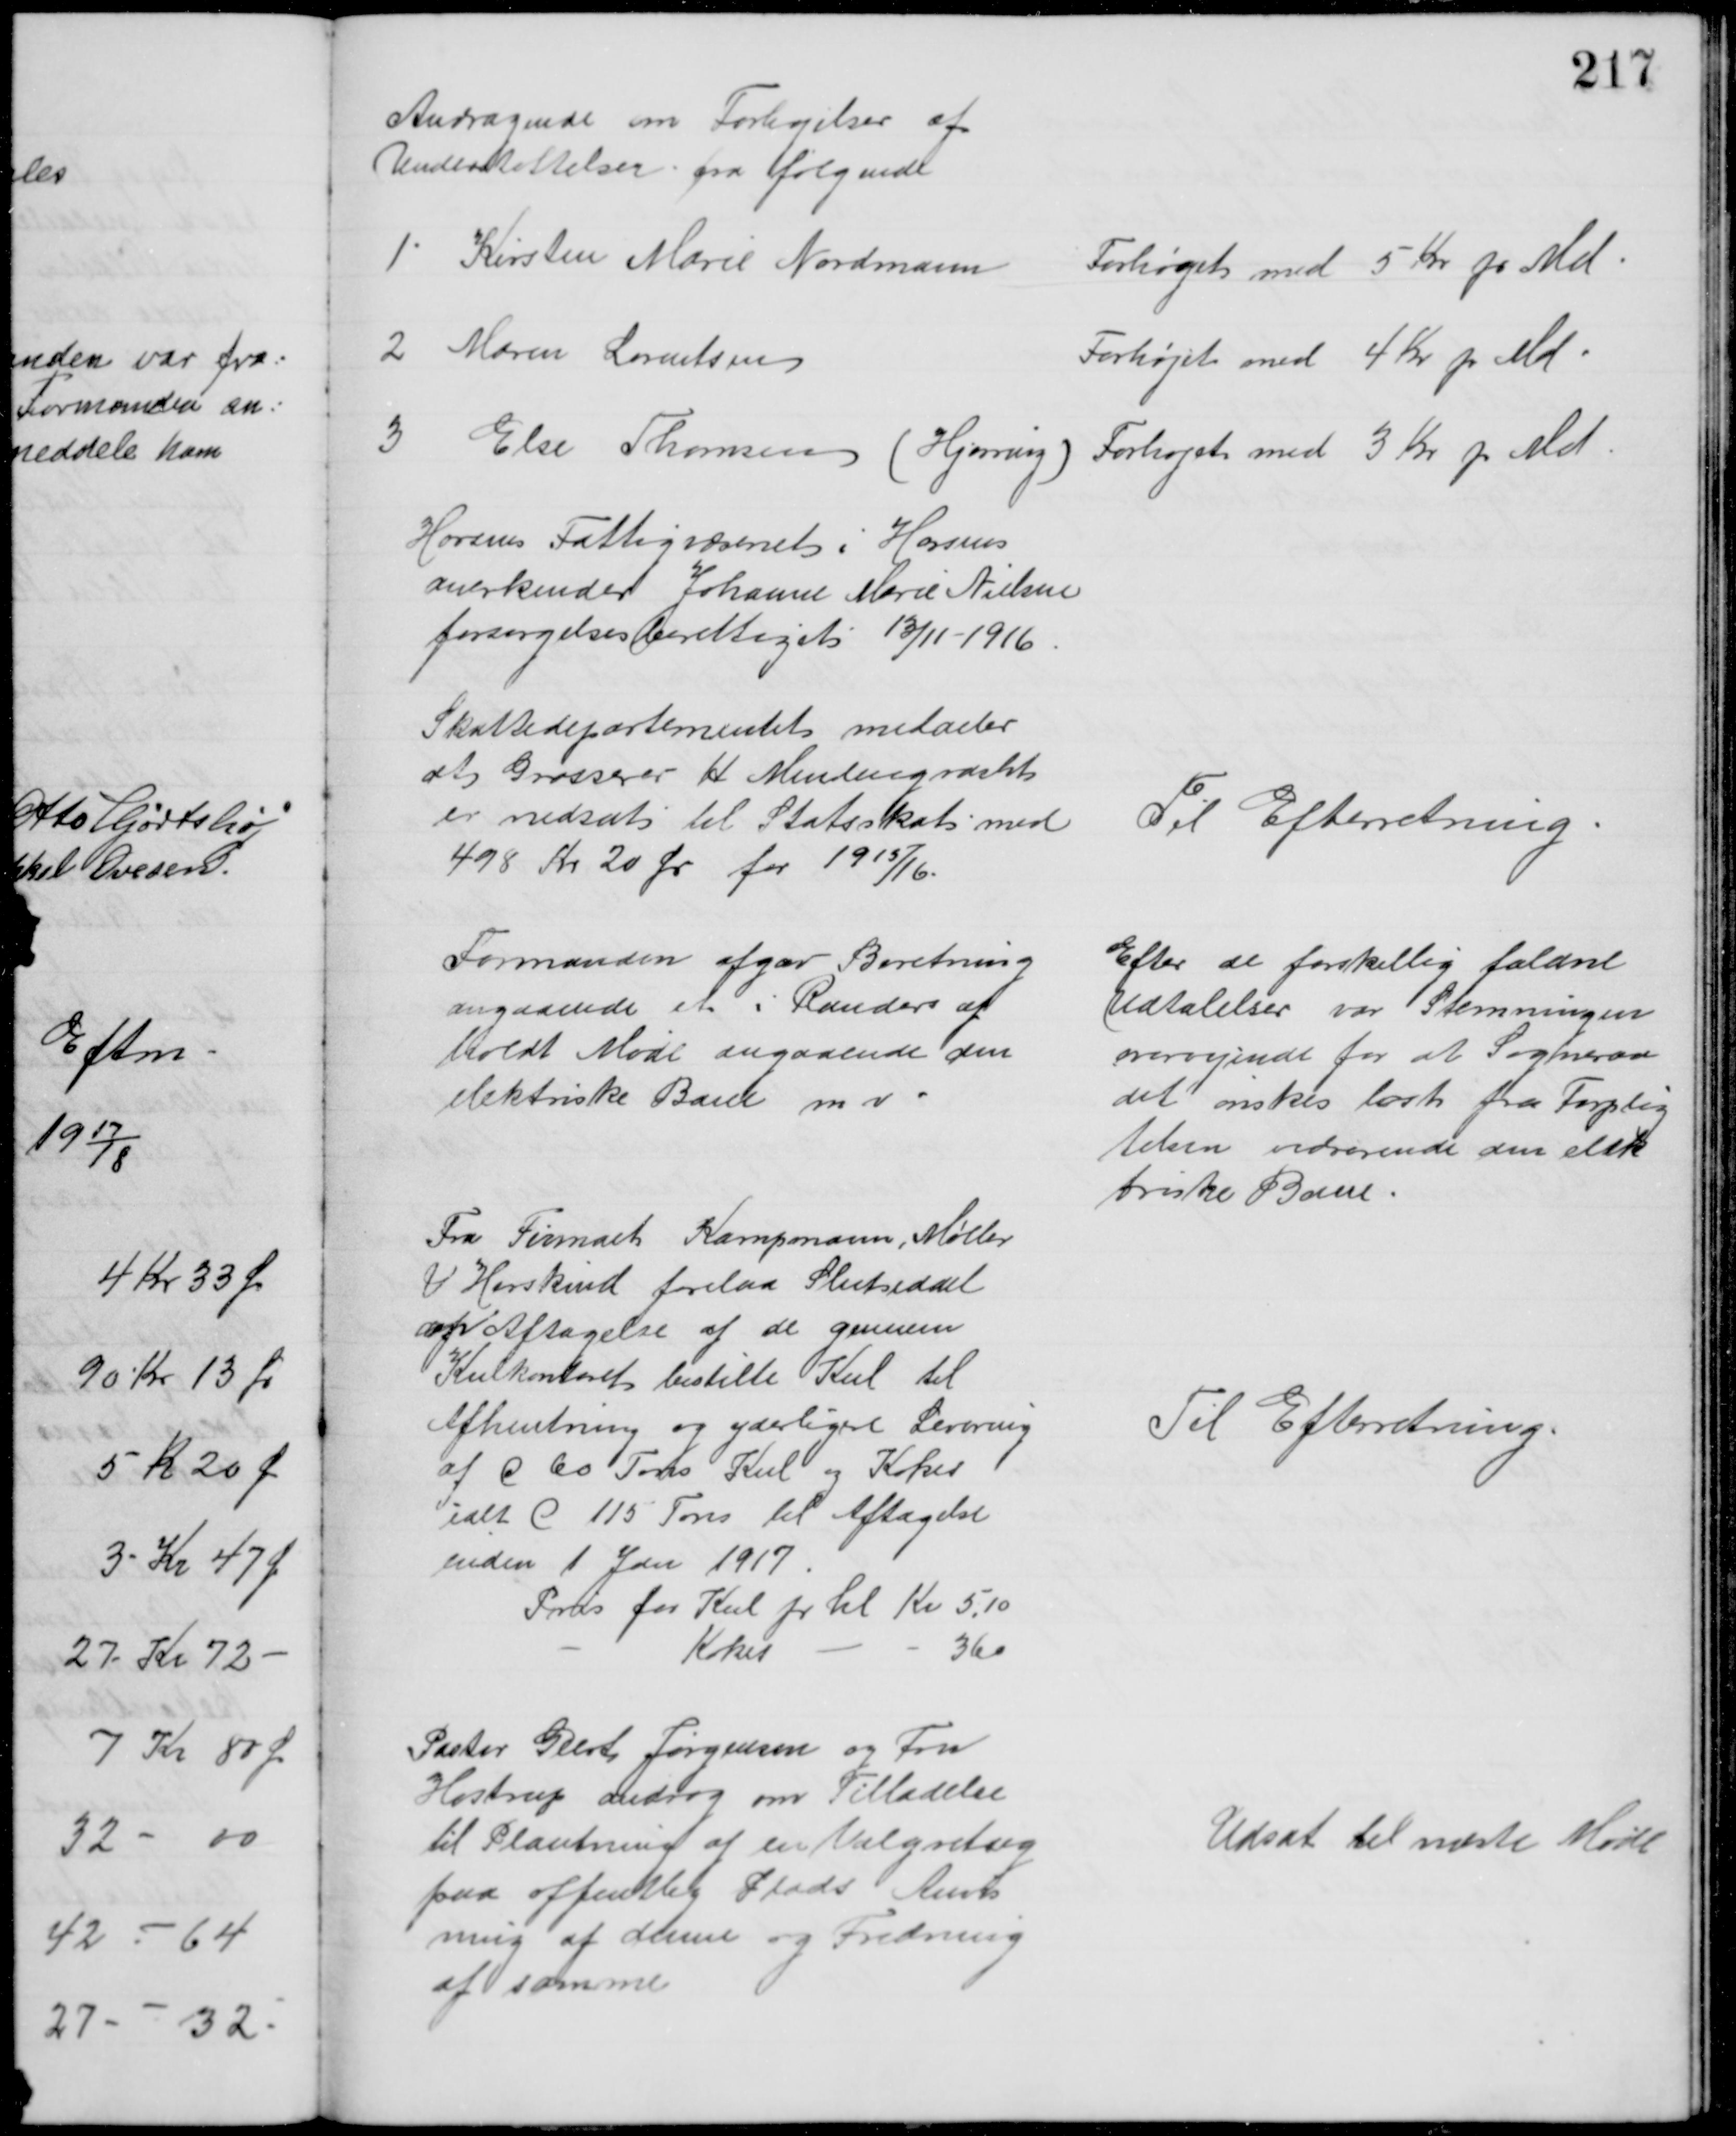
Transskription:
Andragende om Forhøjelser af
Understøttelser fra følgende
1 Kirsten Marie Nordmann
Forhøjet med 5 Kr pr Md
2 Maren Lorentsen
Forhøjet med 4 Kr pr Md
3 Else Thomsen (Hjørring) Forhøjet med 3 Kr pr Md
Horsens Fattigvæsenet i Horsens
anerkender Johanne Marie Nielsen
forsørgelsesberettiget 13/11 - 1916
Skattedepartementet meddeler
at Grosserer H Meulengracht
er nedsat til Statsskat med
498 Kr 20 Øre for 1915/16.
Til Efterretning
Formanden afgav Beretning
angaaende et i Randers af
holdt Møde angaaende den 
elektriske Bane m.v.
Efter de forskellig faldne
Udtalelser var Stemningen
overvejende for at Sogneraa
det ønskes løst fra Forplig
telsen vedrørende den elek
triske Bane.
Fra Firmaet Kampmann, Møller
& Herskind forelaa Slutseddel
af Aftagelse af de gennem
Kulkontoret bestilte Kul til
Afhentning og yderligere Levering
af c 60 Tons Kul og Kokes
ialt c 115 Tons til Aftagelse
inden 1 Jan 1917
Pris for Kul pr hl Kr 5.10
Kokes
360
Til Efterretning
Pastor Geert Jørgensen og Fru
Hostrup androg om Tilladelse
til Plantning af en Valgretseg
paa offentlig Plads Anvis
ning af denne og Fredning
af samme
Udsat til næste Møde